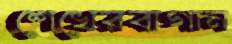
শেখেরবাগান